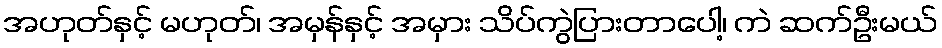
အဟုတ်နှင့် မဟုတ်၊ အမှန်နှင့် အမှား သိပ်ကွဲပြားတာပေါ့၊ ကဲ ဆက်ဦးမယ်